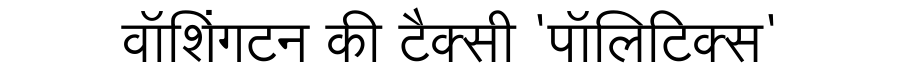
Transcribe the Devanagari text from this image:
वॉशिंगटन की टैक्सी 'पॉलिटिक्स'